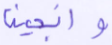
وأنجينا